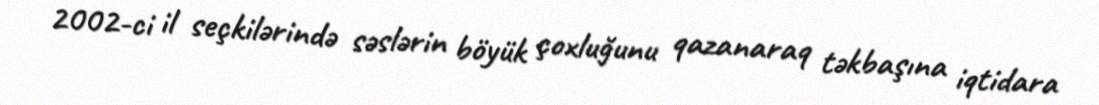
2002-ci il seçkilərində səslərin böyük çoxluğunu qazanaraq təkbaşına iqtidara